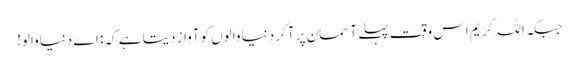
جبکہ اللہ کریم اس وقت پہلے آسمان پر آکر دنیا والوں کوآواز دیتا ہے کہ: اے دنیاوالو!